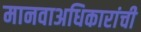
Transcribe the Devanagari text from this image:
मानवाअधिकारांची